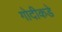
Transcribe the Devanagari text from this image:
गोदीकडे